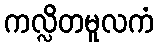
ကလ္လိတမူလကံ